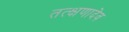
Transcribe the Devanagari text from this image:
तत्क्षणादेव